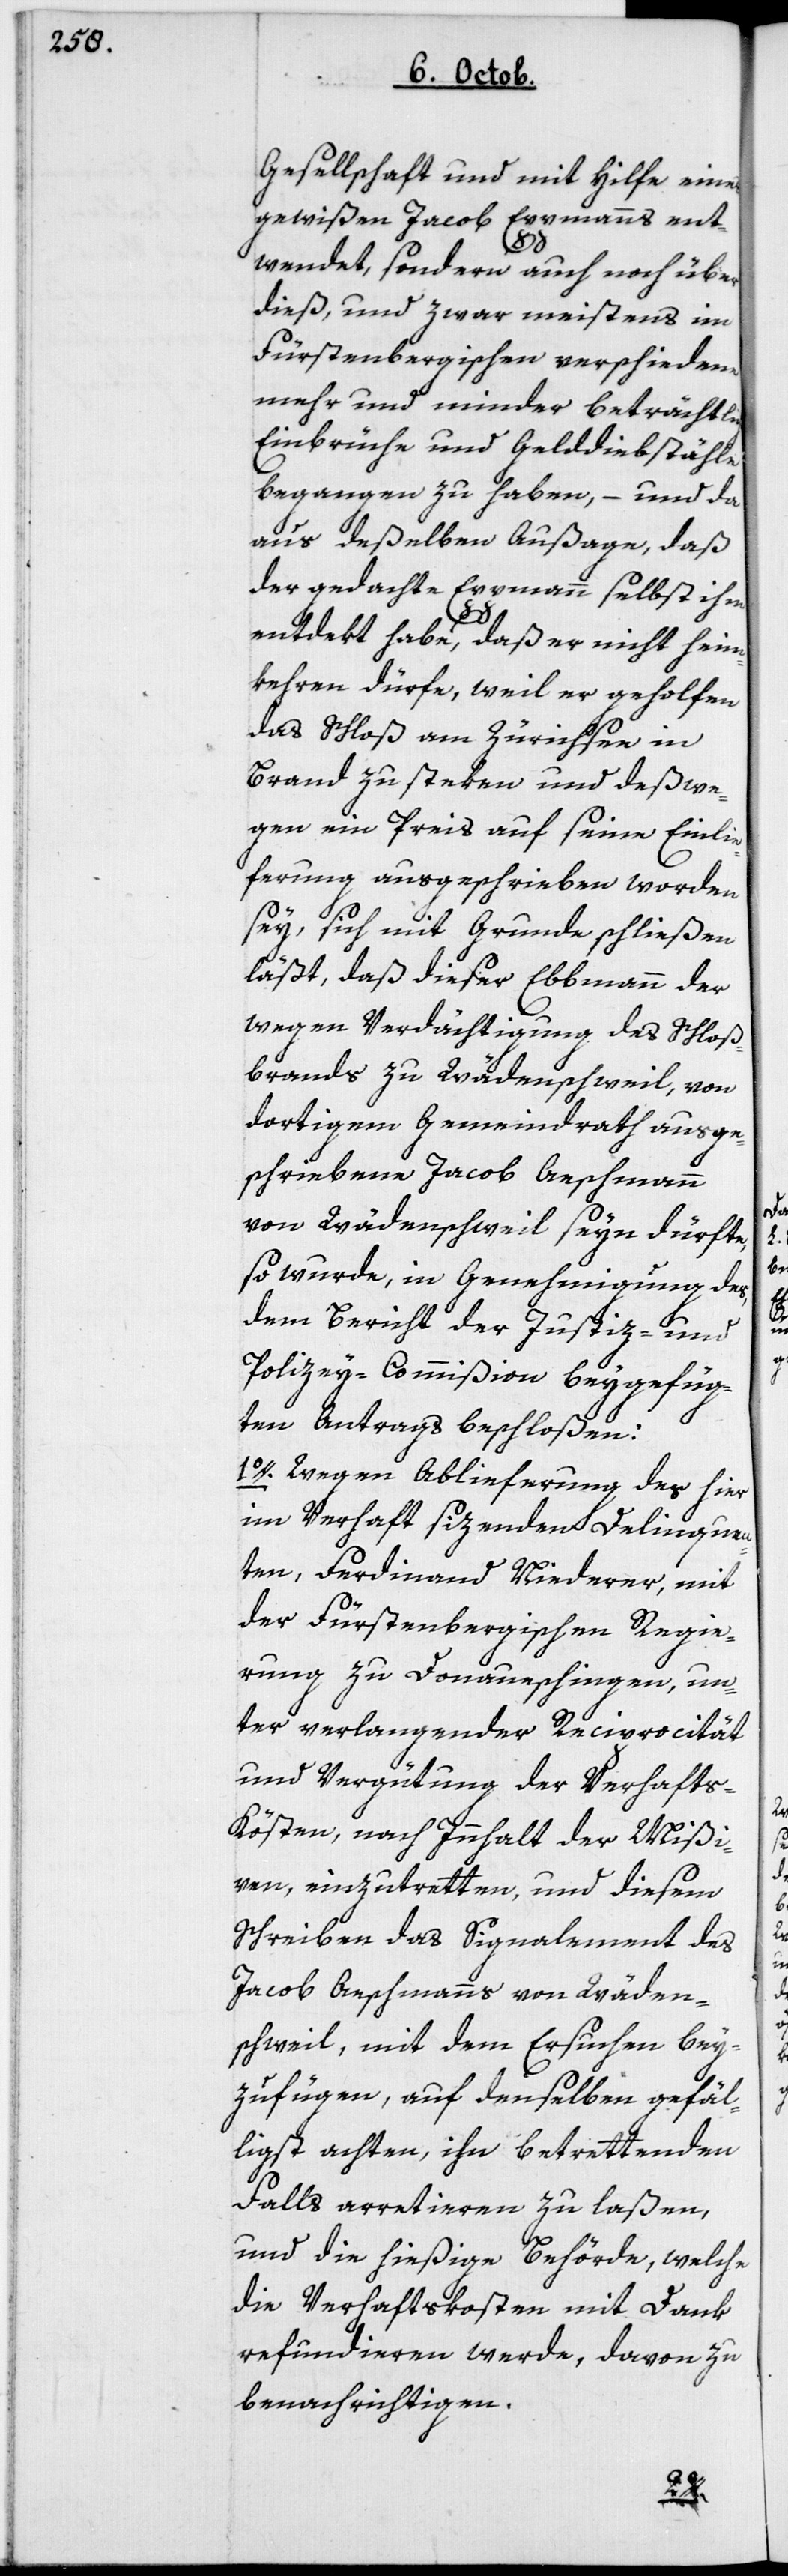
Gesellschaft und mit Hilfe eines
gewißen Jacob Eppmanns ent¬
wendet, sondern auch noch über
dieß, und zwar meistens im
Fürstenbergischen verschiedene
mehr und minder beträchtliche
Einbrüche und Gelddiebstähle
begangen zu haben, – und da
aus deßelben Außage, daß
der gedachte Eppmann selbst ihm
entdekt habe, daß er nicht heim¬
kehren dürfe, weil er geholfen
das Schloß am Zürichsee in
Brand zu steken und deswe¬
gen ein Preis auf seine Einlie¬
ferung ausgeschrieben worden
sey, sich mit Grunde schließen
läßt, daß dieser Ebbmann
wegen Verdächtigung des Schloß¬
brands zu Wädenschweil von
dortigem Gemeindrath ausge¬
schriebene Jacob Aeschmann
von Wädenschweil seyn dürfte,
so wurde, in Genehmigung des,
dem Bericht der Justiz- und
Policey-Commißion beygefüg¬
ten Antrags beschloßen:
1o. Wegen Ablieferung des hier
im Verhaft sizenden Delinquen¬
ten, Ferdinand Niederer, mit
der fürstenbergischen Regie¬
rung zu Donaueschingen, un¬
ter verlangender Reciprocität
und Vergütung der Verhaft¬
s-Kösten, nach Innhalt der Mißi¬
ven einzutretten, und diesem
Schreiben das Signalement des
Jacob Aeschmanns von Wäden¬
schweil, mit dem Ersuchen bey¬
zufügen, auf denselben gefäl¬
ligst achten, ihn betrettenden
Falls arretieren zu laßen,
und die hießige Behörde, welche
die Verhaftskosten mit Dank
refundieren werde, davon zu
benachrichtigen.